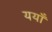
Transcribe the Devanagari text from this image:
ययाँ